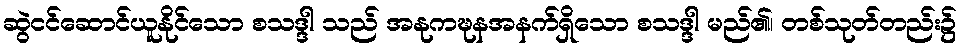
ဆွဲငင်ဆောင်ယူနိုင်သော စသဒ္ဒါ သည် အနုကဍ္ဎနအနက်ရှိသော စသဒ္ဒါ မည်၏၊ တစ်သုတ်တည်း၌